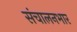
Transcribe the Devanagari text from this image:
संचालनभार